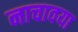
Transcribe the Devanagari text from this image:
नाचावया